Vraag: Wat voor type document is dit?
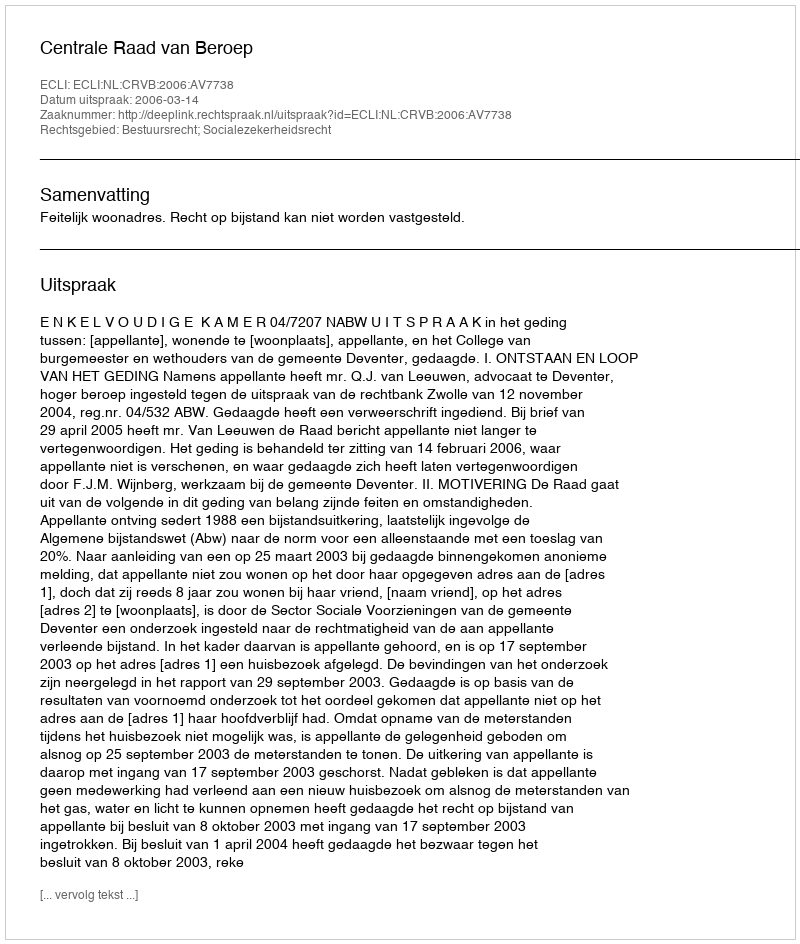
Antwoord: Uitspraak